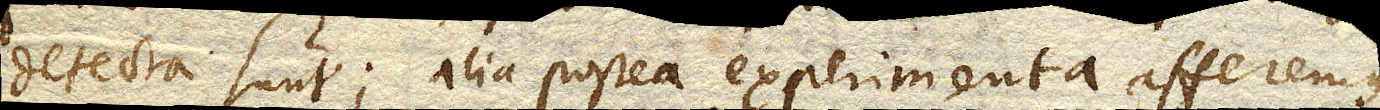
detecta sunt; alia postea experimenta afferemus,